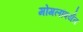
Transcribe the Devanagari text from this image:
मोगलांपर्यंत